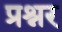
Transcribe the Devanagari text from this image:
प्रश्नर